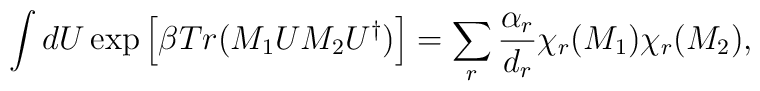
\int dU \exp \left[ \beta Tr (M_1UM_2U^{\dagger}) \right] = \sum_r\frac{\alpha_r}{d_r} \chi_r(M_1) \chi_r(M_2),